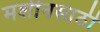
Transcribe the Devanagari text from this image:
मशीनसाठी